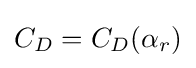
C_{D}=C_{D}(\alpha _{r})